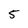
Character: 5